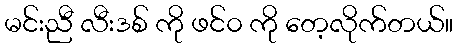
မင်းညီ လီးဒစ် ကို ဖင်၀ ကို တေ့လိုက်တယ်။